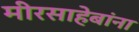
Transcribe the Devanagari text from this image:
मीरसाहेबांना